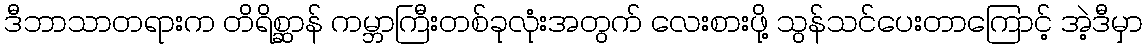
ဒီဘာသာတရားက တိရိစ္ဆာန် ကမ္ဘာကြီးတစ်ခုလုံးအတွက် လေးစားဖို့ သွန်သင်ပေးတာကြောင့် အဲ့ဒီမှာ